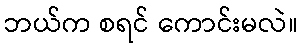
ဘယ်က စရင် ကောင်းမလဲ။